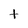
Character: t